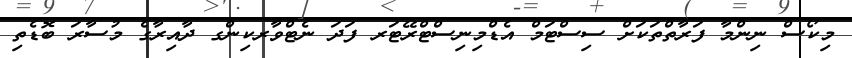
މިކޯސް ނިންމާ ފަރާތްތަކަށް ސިސްޓަމް އެޑްމިނިސްޓްރޭޓަރ ފަދަ ނެޓްވާރކިންގ ދާއިރާގެ މުސާރަ ބޮޑެތި